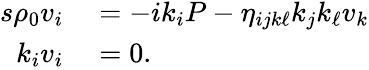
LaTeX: \begin{array}{rl}{s\rho_{0}v_{i}}&{{}=-ik_{i}P-\eta_{ijk\ell}k_{j}k_{\ell}v_{k}}\\ {k_{i}v_{i}}&{{}=0.}\end{array}